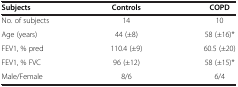
<table><thead><tr><td><b>Subjects</b></td><td><b>Controls</b></td><td><b>COPD</b></td></tr></thead><tbody><tr><td>No. of subjects</td><td>14</td><td>10</td></tr><tr><td>Age (years)</td><td>44 (±8)</td><td>58 (±16)*</td></tr><tr><td>FEV1, % pred</td><td>110.4 (±9)</td><td>60.5 (±20)</td></tr><tr><td>FEV1, % FVC</td><td>96 (±12)</td><td>58 (±15)*</td></tr><tr><td>Male/Female</td><td>8/6</td><td>6/4</td></tr></tbody></table>